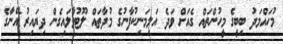
މުހައްމަދު ބިބީގެ މީހުންތައް ގެއަށް ވަދެ އަލިމަނިކުފާނުގެ މުދާތައް ލޫޓުވާލައިގެން ދިޔައިރު އޭނާގެ